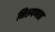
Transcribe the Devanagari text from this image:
निरुपणात